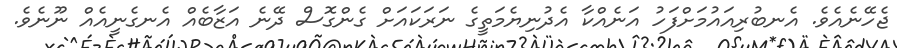
ޖެހޭނެއެވެ. އެނބުރިއައުމަށްފަހު އަނެއްކާ އެދުނިޔެމަތީގެ ނަރަކައަށް ގެންގޮސް ދޭނެ އަޒާބެއް އެނގެނީއެއް ނޫނެވެ.